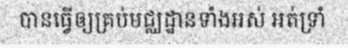
បានធ្វើឲ្យគ្រប់មជ្ឈដ្ឋានទាំងអស់ អត់ទ្រាំ